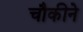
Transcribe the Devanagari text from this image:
चौकीने